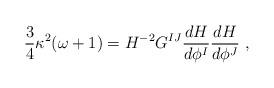
LaTeX: \begin{align*}{3\over 4} \kappa^2 (\omega+1) = H^{-2}G^{IJ} {d H \over d\phi^{I}} {dH \over d\phi^{J}} ~, \end{align*}